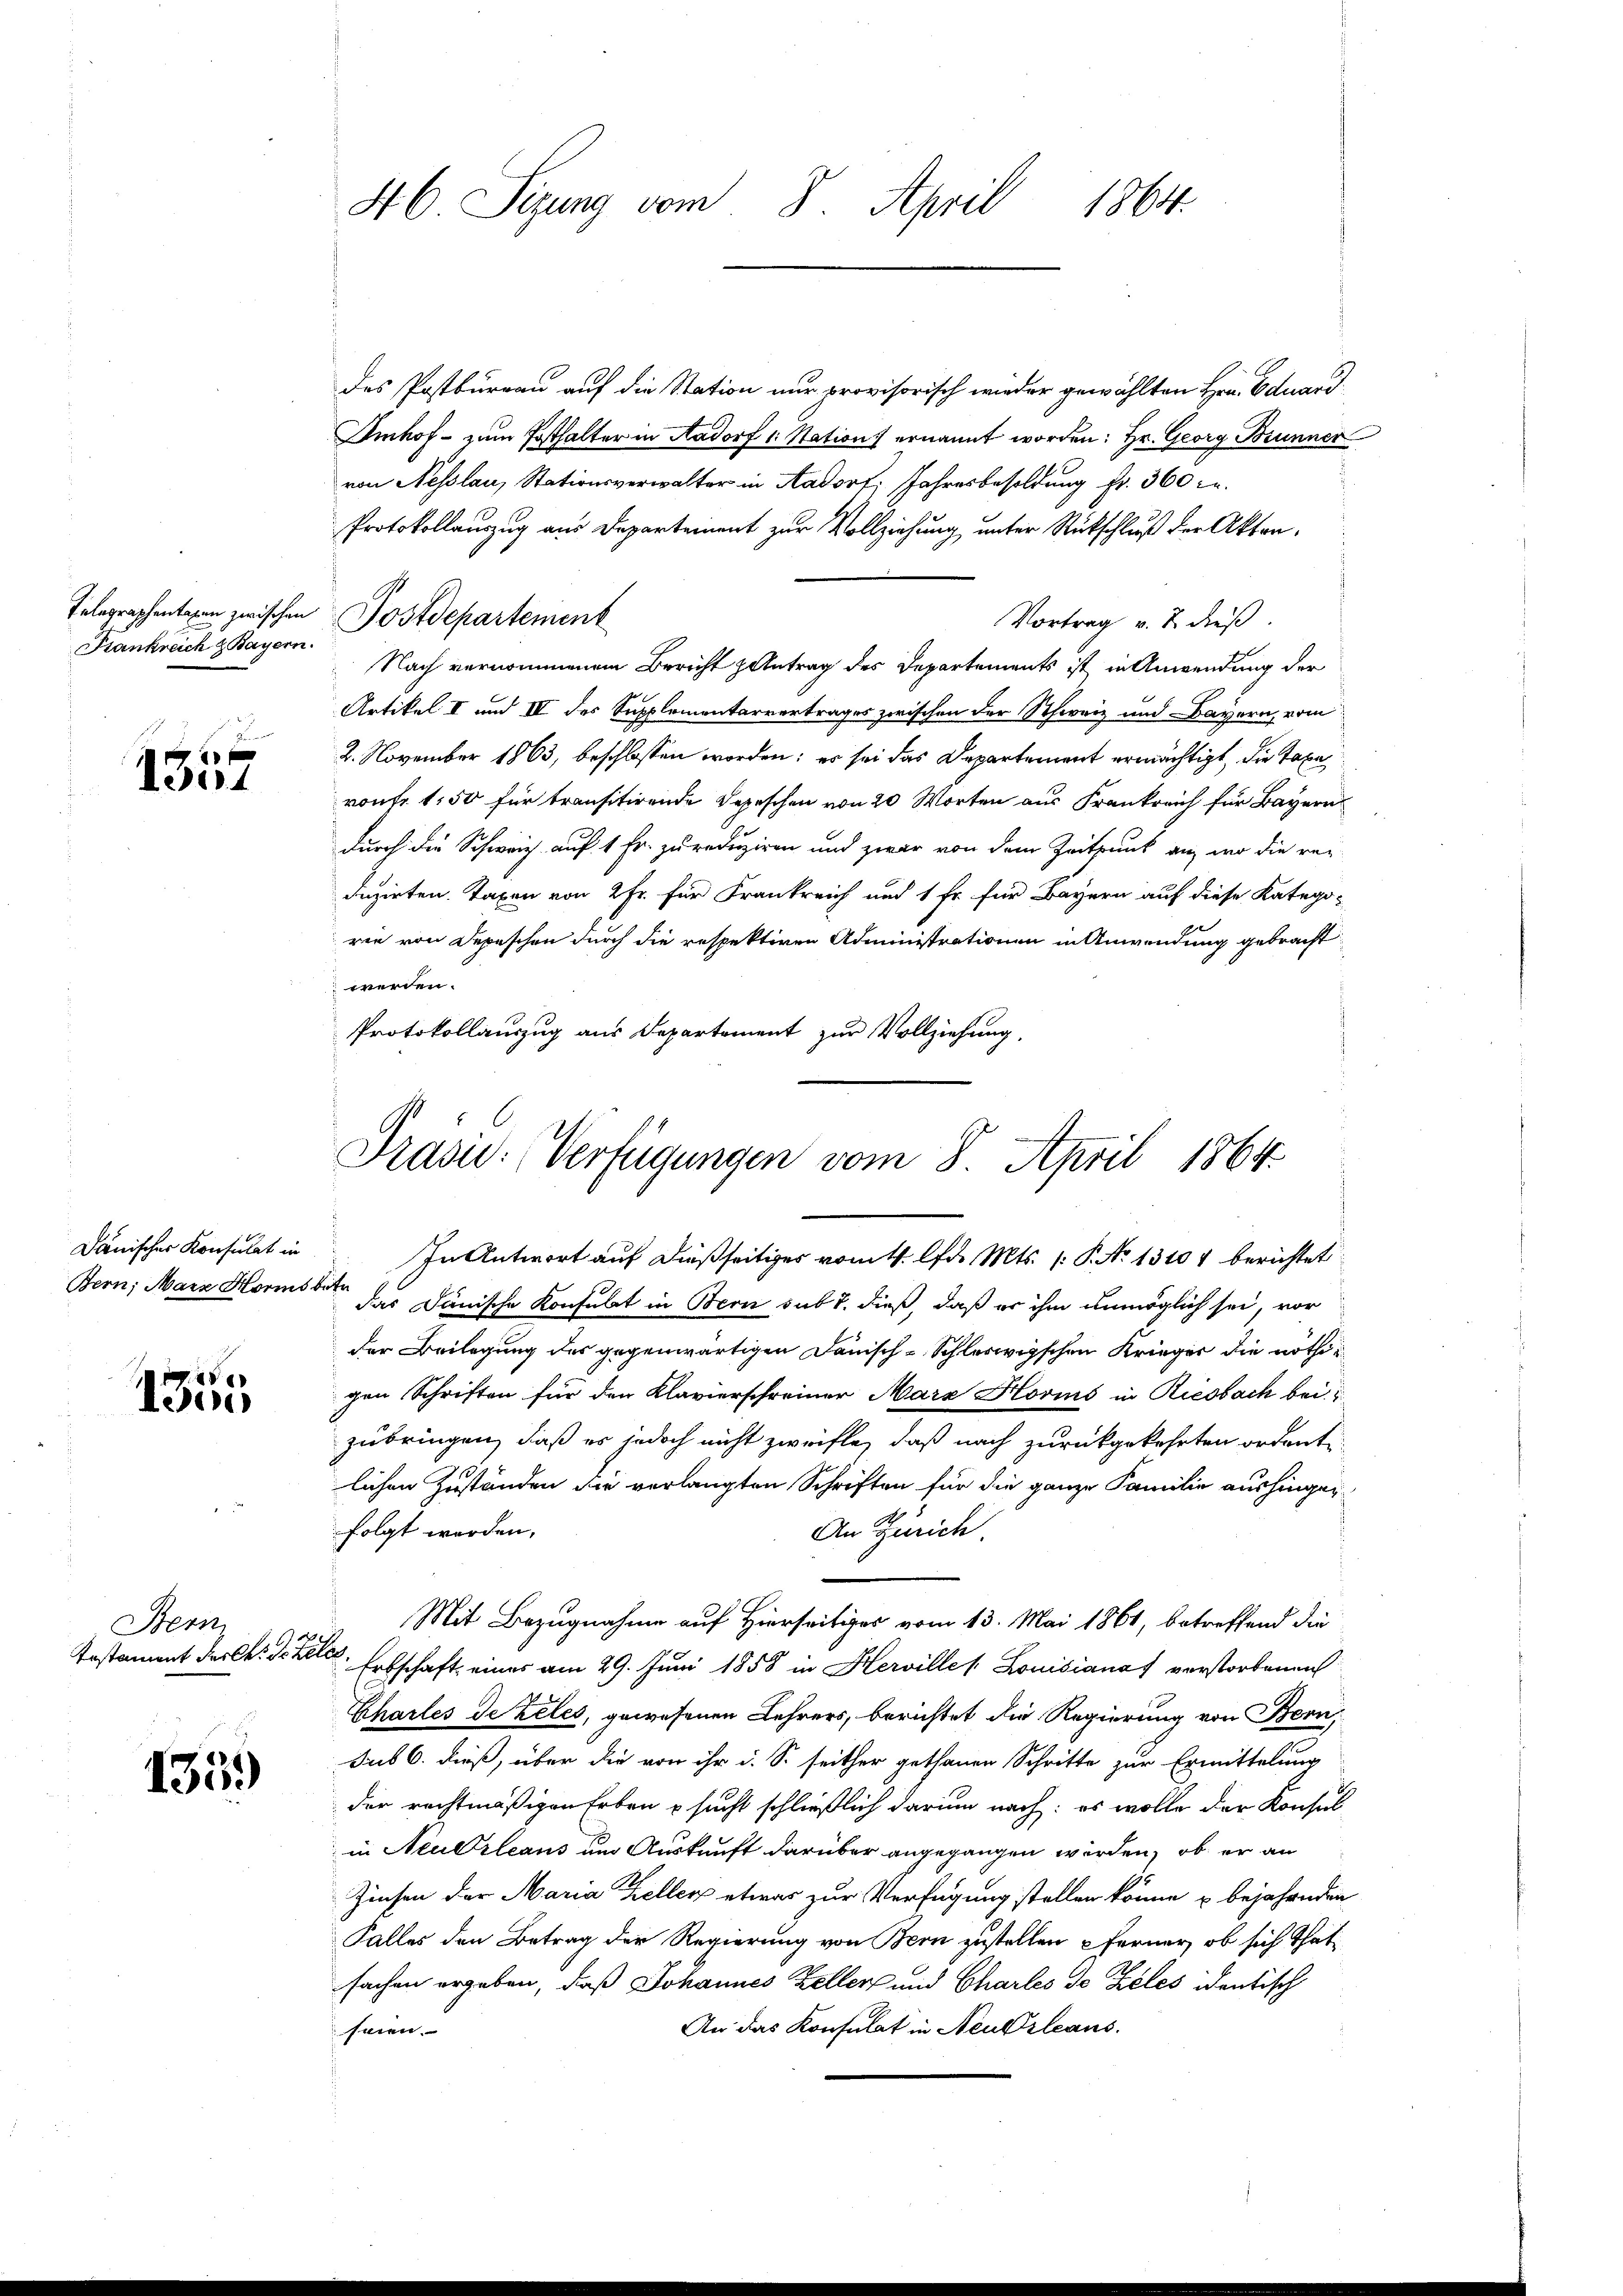
Frankreich & Bayern.

1
Vert

Bern, Marz Horms betr

1355

Bern
1
Testament der kk: Dr. Leles

135.

des Postbureau auf die Station nur provisorisch wieder gewählten Hrn. Eduard
Imhof - zum Posthalter in Aadorf 1. Station ernannt worden: Hr. Georg Brunner
von Nesslau, Stationsverwalter in Aadorf, Jahresbesoldung fr. 360 c.
Protokollauszug aus Departement zur Vollziehung unter Rückschluß der Akten¬
Vortrag v. 2. dieß.
Nach vernommenen Bericht Antrag des Departements ist in Anwendung der
Artikel I und III des Supplementarvertrages zwischen der Schweiz und Bayern, vom
2. November 1863, beschlossen worden; es sei das Departement ermächtigt, die Taxa
vontr. 150 für transitirende Depeschen von 20 Worten aus Frank für Bayern
durch die Schweiz auf 1 Fr. zu reduziren und zwar von dem Zeitpunk an, wo die re-
duzirten. Taxen von 2 Fr. für Frankreich und 1 Fr. für Bayern auf diese Katego-
rie von Depeschen durch die respektiven Administrationen in Anwendung gebracht
werden.
Protokollauszug aus Departement zur Vollziehung.

46 Sizung vom 8. April 1864.

Telegraphentagen zwischen Postdepartement

Präsid. Verfügungen vom 8. April 1864.

dänischer Konsulat in In Antwort auf dießseitiges vom 4. Apr. Mts. (: P. No 13104 berichtet
das Janische Konsulat in Bern sub 1. dieß, daß er ihm unmöglich sei, vor
der Beilegung des gegenwärtigen Danisch-Schleswigschen Krieger die nöthigen Schriften für den Klavierschreiner Marx Hovins in Riesbach bei
zubringen, daß es jedoch nicht zweifle, daß nach zurückgekehrten ordente
lichen Zuständen die verlangten Schriften für die ganze Familie aushingen
folgt werden.
An Zürich.
Mit Bezugnahme auf Hierseitiges vom 13. Mai 1861, betreffend die
Erbschaft, eines am 29. Juni 1858 in Herville / Louisiana verstorbenen
Chartes de teles, gewesenen Lehrers, berichtet die Regierung von Bern
sub 6. dieß, über die von ihr d. So seither gethanen Schritte zur Ermittelung
der rechtmäßigen Erben & sucht schließlich darum nach: es wolle der Konsul
in Neuerleans um Auskunft darüber angegangen werden, ob er an
Zinsen der Maria Keller etwas zur Verfügung stellen könne u bejahenden
Falles den Betrag der Regierung von Bern zustellen ferner, ob sich That
sachen ergeben, daß Johannes Keller und Charles de Zieles identisch
An das Konsulat in Neukzleans
seien.